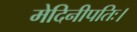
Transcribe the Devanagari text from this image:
मेदिनीपतिः।